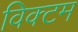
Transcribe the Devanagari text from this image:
विक्टम